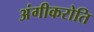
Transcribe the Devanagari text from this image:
अंगीकरोति